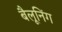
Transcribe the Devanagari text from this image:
बैलूनिंग